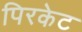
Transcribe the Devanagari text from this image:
पिरकेट